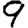
Digit: 9